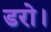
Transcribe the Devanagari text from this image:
डरो।